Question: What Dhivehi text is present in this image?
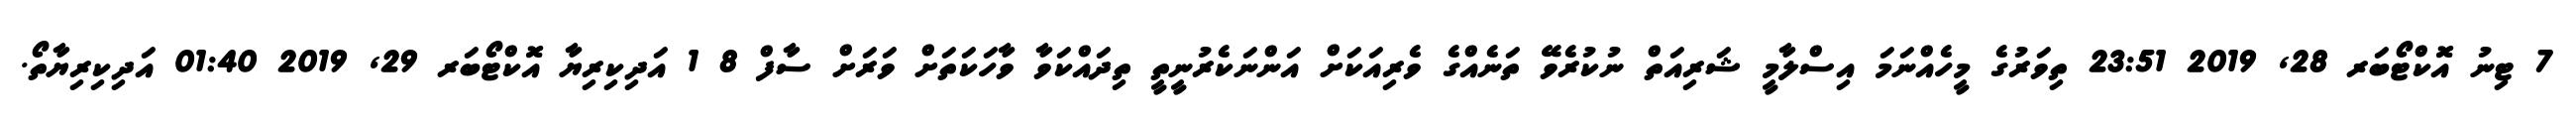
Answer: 7 ޓިނު އޮކްޓޯބަރ 28, 2019 23:51 ތިވަރުގެ މީހެއްނަމަ އިސްލާމީ ޝަރިއަތް ނުކުރެވޭ ތަނެއްގެ ވެރިއަކަށް އަންނަކެރުނީތީ ތިދައްކަވާ ވާހަކަތަށް ވަރަށް ސާފް 8 1 އަދިކިރިޔާ އޮކްޓޯބަރ 29, 2019 01:40 އަދިކިރިޔާތޯ.